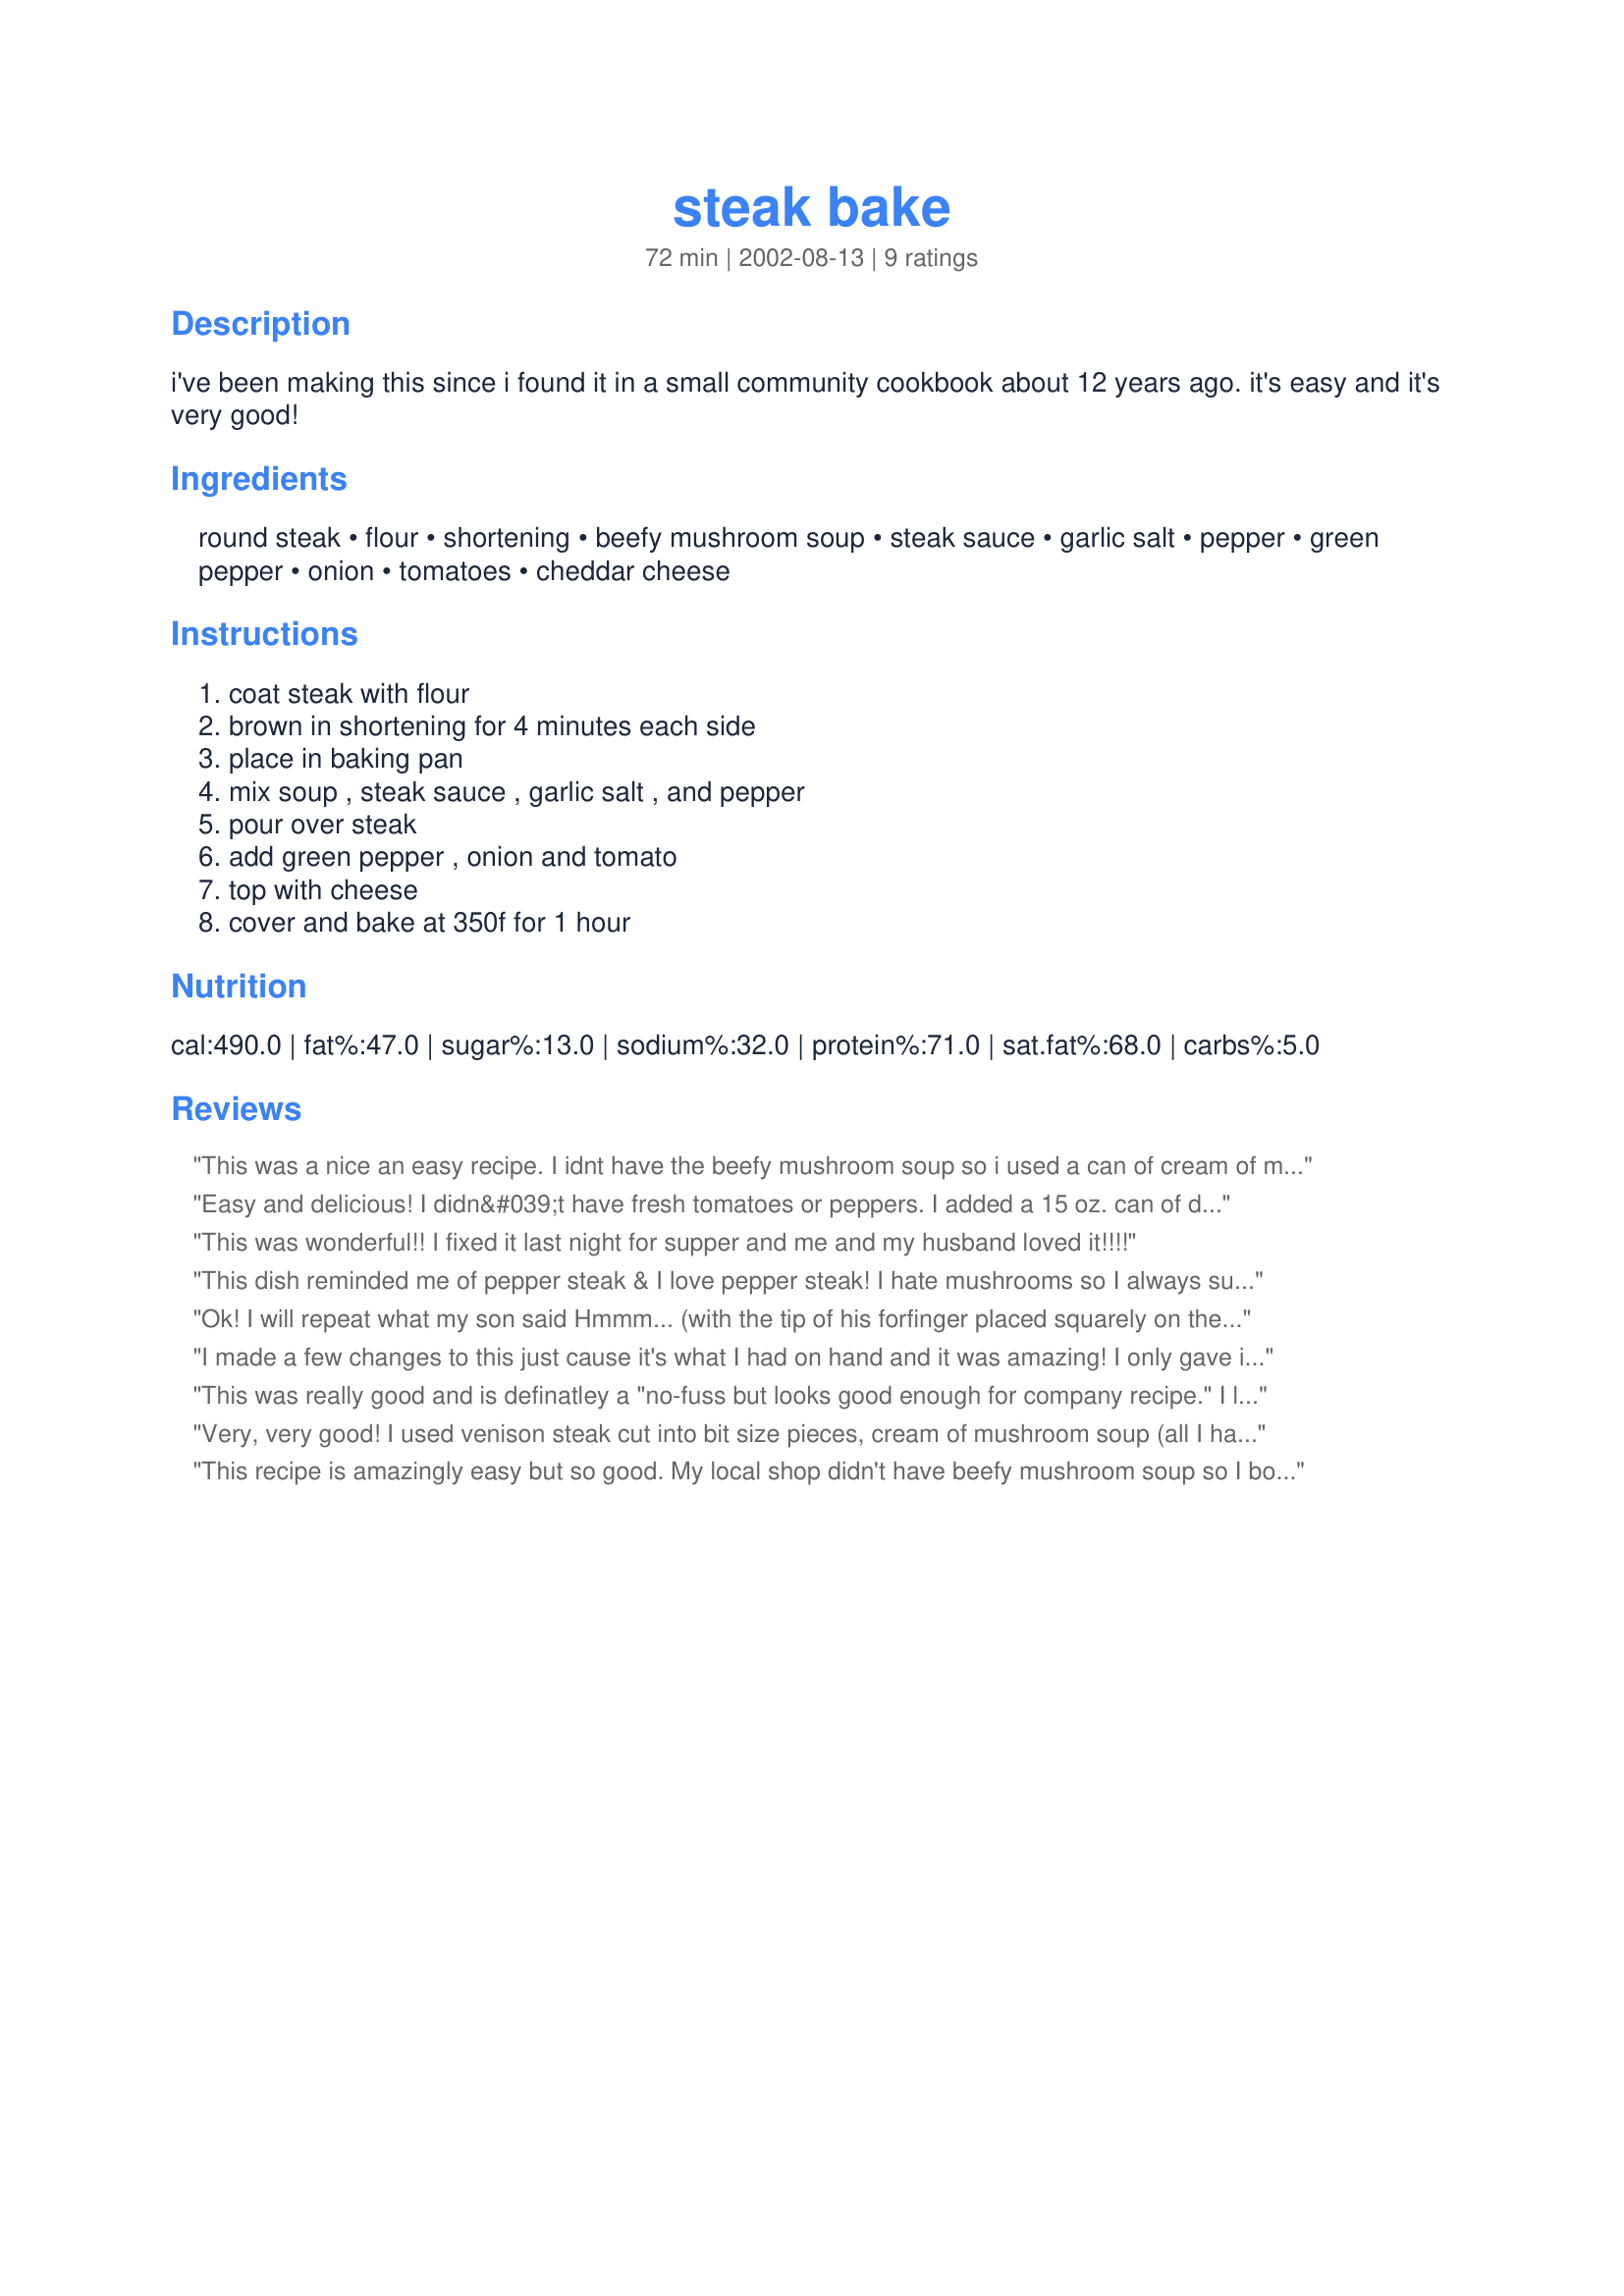
steak bake
Preparation time: 72 minutes

i've been making this since i found it in a small community cookbook about 12 years ago. it's easy and it's very good!

Ingredients:
round steak, flour, shortening, beefy mushroom soup, steak sauce, garlic salt, pepper, green pepper, onion, tomatoes, cheddar cheese

Steps:
coat steak with flour, brown in shortening for 4 minutes each side, place in baking pan, mix soup , steak sauce , garlic salt , and pepper, pour over steak, add green pepper , onion and tomato, top with cheese, cover and bake at 350f for 1 hour

Reviews:
This was a nice an easy recipe. I idnt have the beefy mushroom soup so i used a can of cream of mushroom soup and it worked perfectly. It was amazing and my wife just loved it.
I experient a lot with cooking an this is one of the best so far
Easy and delicious! I didn&#039;t have fresh tomatoes or peppers. I added a 15 oz. can of diced tomatoes (drained) in place of the tomatoes. My family devoured this!
This was wonderful!! I fixed it last night for supper and me and my husband loved it!!!!
This dish reminded me of pepper steak & I love pepper steak! I hate mushrooms so I always substitute something else; this time I used cream of chicken soup. I used A-1 steak sauce; which I think is the key ingredient in the gravy. The cheese added an interesting touch; mine melted down & mixed into the gravy. It was very easy to put together on a busy work night. Thank You :-)
Ok! I will repeat what my son said Hmmm... (with the tip of his forfinger placed squarely on the tip of his thumb) "Mama you have magic in your hands" (high praise from my 5 year old who always has suggestions on how to make a dish better. thinks he is a five star chef ;) This recipe was good. I did not have beefy mushroom soup or steak sauce so I used a veg soup packet and bbq sauce along with oyster sauce and worcestershire sauce (just a hint) but the rest of the ingredients I left the same. It really came out lovely and we enjoyed our meal. My hubby had the leftover for b'fast. (he suggested it normally he wants to rush out and miss b'fast)My son said it tasted even better today.
I will be making it over and over again. And yes I need to transfer my son's complement to you rightfully but the mother in me will be keeping it Thank you.:) Fay
I made a few changes to this just cause it's what I had on hand and it was amazing! I only gave it 4 stars cause of the changes and I don't want to be misleading. I used petit sirloin steak cut into chunks, floured and browned. I doubled the recipe and for the sauce I used one can of cream of chicken soup and one can of beef consume and the rest of the listed ingredients. I whisked it up and poured it over the steak and veggies. The cheese really does melt down and make an ooey gooey sauce and it is so wonderful! Served it over mashed potatoes for dinner and egg noodles for lunch the next day. Very good reheated as well. Thanks for the good recipe.
This was really good and is definatley a "no-fuss but looks good enough for company recipe." I like the flavor the steak sauce gave it. (I used Heinz 57) The green pepper taste was a little strong for my kids, so next time, I will put the majority of the pepper on one side of the pan and leave the other largely "green pepper naked." This seems to be a good fall dish, when fresh produce is still available, but the weather is beginning to cool. I suggest giving this recipe a try for a different and good experience.
Very, very good! I used venison steak cut into bit size pieces, cream of mushroom soup (all I had), & Heinz 57 steak sauce. Will make over and over again. Thanks for posting.
This recipe is amazingly easy but so good. My local shop didn't have beefy mushroom soup so I bought golden mushroom, and it worked nicely. Otherwise, I followed the recipe exactly. Mmm. Mmm. Mmm. Thank you, MizzNezz for sharing.
